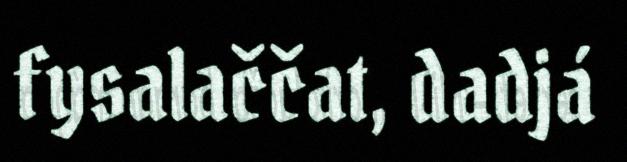
fysalaččat, dadjá